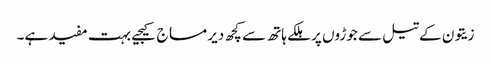
زیتون کے تیل سے جوڑوں پر ہلکے ہاتھ سے کچھ دیر مساج کیجیے بہت مفید ہے۔